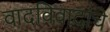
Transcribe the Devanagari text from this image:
वादविवादांचे